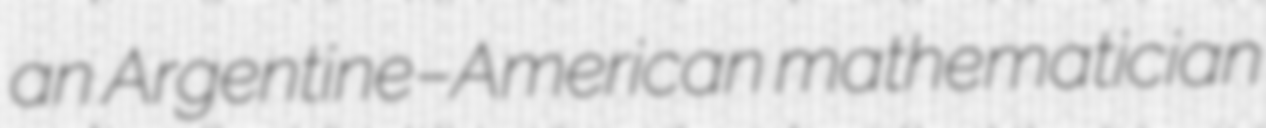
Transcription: an Argentine–American mathematician